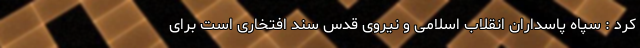
کرد : سپاه پاسداران انقلاب اسلامی و نیروی قدس سند افتخاری است برای